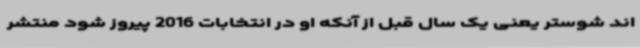
اند شوستر یعنی یک سال قبل از آنکه او در انتخابات 2016 پیروز شود منتشر